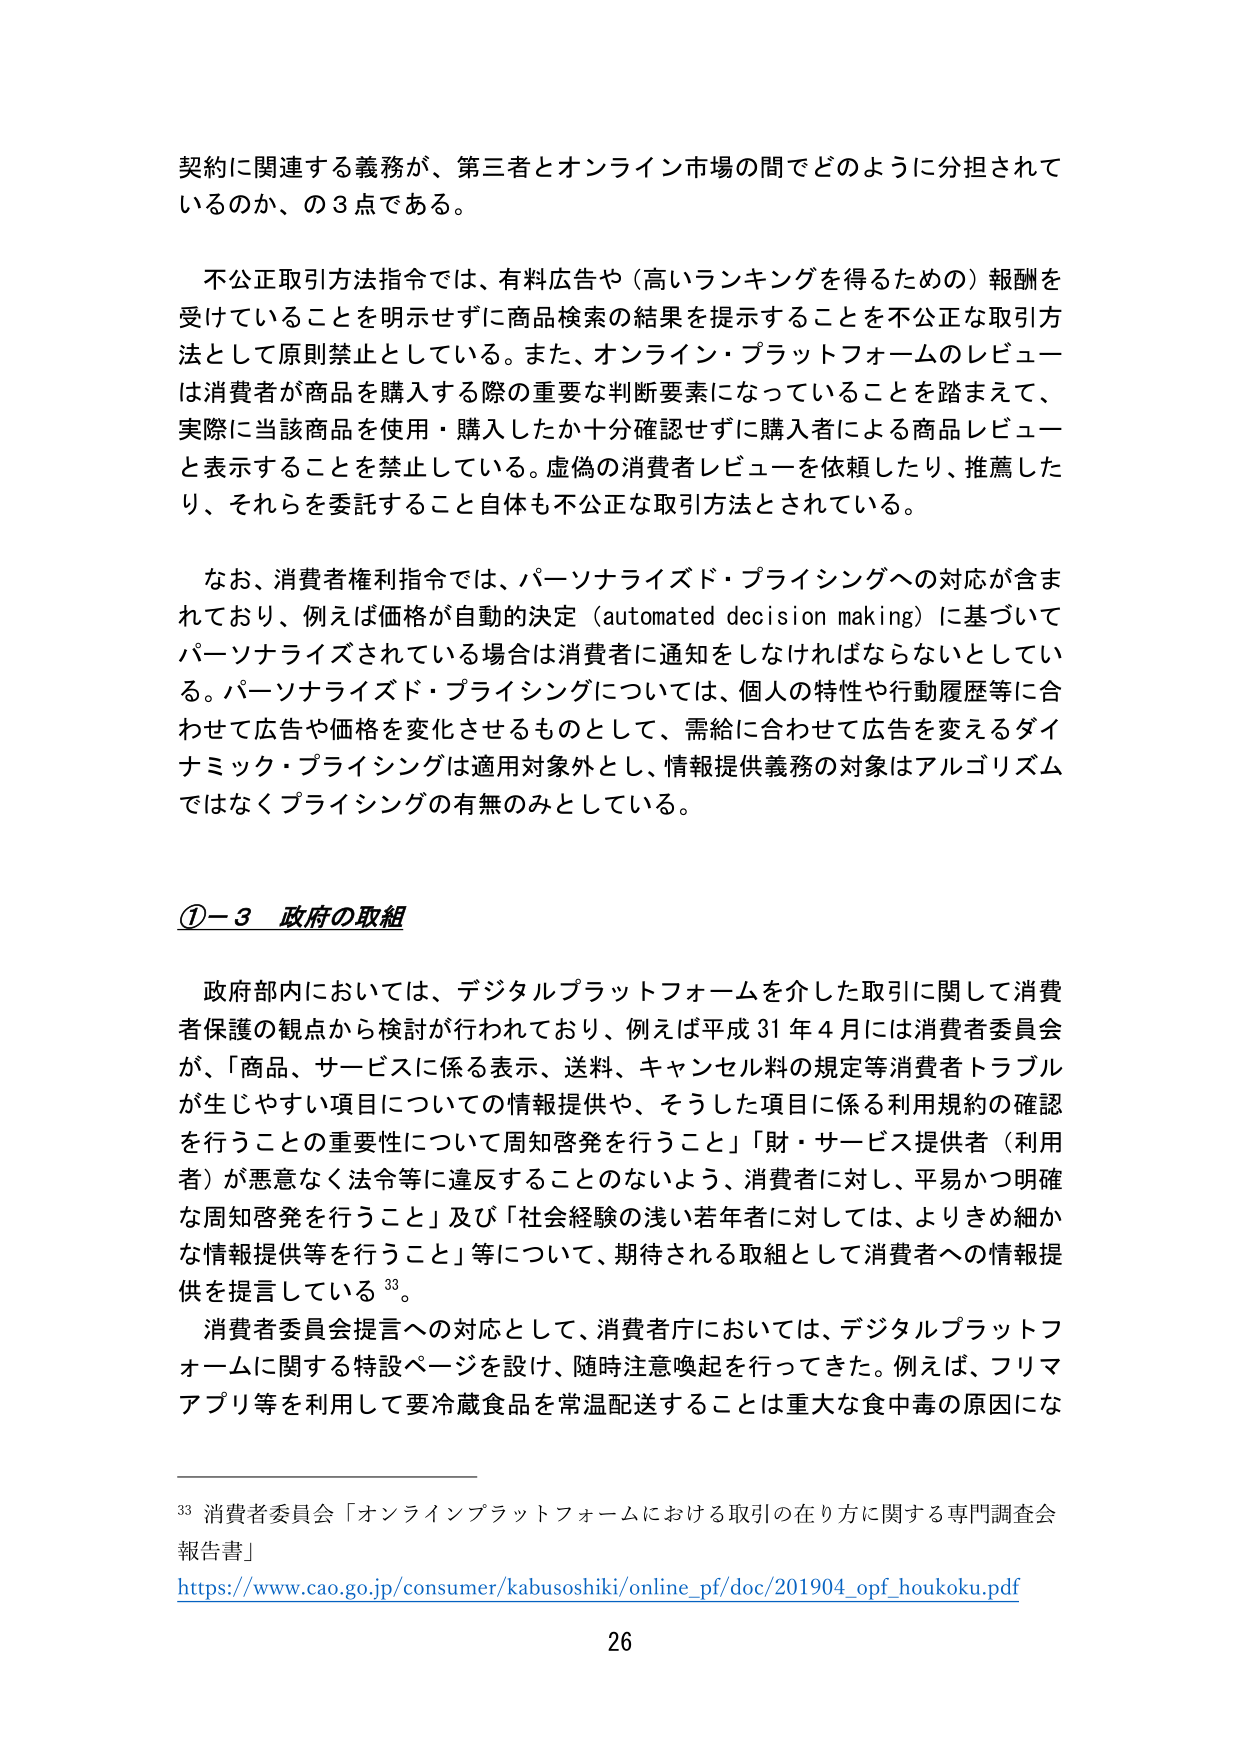
契約に関連する義務が、第三者とオンライン市場の間でどのように分担されているのか、の3点である。

不公正取引方法指令では、有料広告や（高いランキングを得るための）報酬を受けていることを明示せずに商品検索の結果を提示することを不公正な取引方法として原則禁止としている。また、オンライン・プラットフォームのレビューは消費者が商品を購入する際の重要な判断要素になっていることを踏まえて、実際に当該商品を使用・購入したか十分確認せずに購入者による商品レビューと表示することを禁止している。虚偽の消費者レビューを依頼したり、推薦したり、それらを委託すること自体も不公正な取引方法とされている。

なお、消費者権利指令では、パーソナライズド・プライシングへの対応が含まれており、例えば価格が自動的決定（automated decision making）に基づいてパーソナライズされている場合は消費者に通知をしなければならないとしている。パーソナライズド・プライシングについては、個人の特性や行動履歴等に合わせて広告や価格を変化させるものとして、需給に合わせて広告を変えるダイナミック・プライシングは適用対象外とし、情報提供義務の対象はアルゴリズムではなくプライシングの有無のみとしている。

①－3 政府の取組

政府部内においては、デジタルプラットフォームを介した取引に関して消費者保護の観点から検討が行われており、例えば平成31年4月には消費者委員会が、「商品、サービスに係る表示、送料、キャンセル料の規定等消費者トラブルが生じやすい項目についての情報提供や、そうした項目に係る利用規約の確認を行うことの重要性について周知啓発を行うこと」「財・サービス提供者（利用者）が悪意なく法令等に違反することのないよう、消費者に対し、平易かつ明確な周知啓発を行うこと」及び「社会経験の浅い若年者に対しては、よりきめ細かな情報提供等を行うこと」等について、期待される取組として消費者への情報提供を提言している33。

消費者委員会提言への対応として、消費者庁においては、デジタルプラットフォームに関する特設ページを設け、随時注意喚起を行ってきた。例えば、フリマアプリ等を利用して要冷蔵食品を常温配送することは重大な食中毒の原因にな

33 消費者委員会「オンラインプラットフォームにおける取引の在り方に関する専門調査会報告書」
https://www.cao.go.jp/consumer/kabusoshiki/online_pf/doc/201904_opf_houkoku.pdf

26